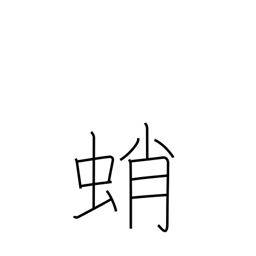
Meaning: octopus